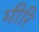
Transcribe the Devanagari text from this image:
मीरि